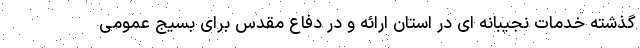
گذشته خدمات نجیبانه ای در استان ارائه و در دفاع مقدس برای بسیج عمومی